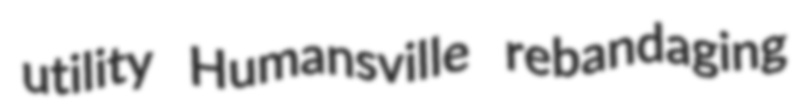
utility Humansville rebandaging